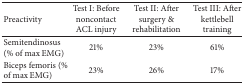
<table><thead><tr><td><b>Preactivity</b></td><td><b>Test I: Before noncontact ACL injury</b></td><td><b>Test II: After surgery &amp; rehabilitation </b></td><td><b>Test III: After kettlebell training</b></td></tr></thead><tbody><tr><td>Semitendinosus (% of max EMG)</td><td>21%</td><td>23%</td><td>61%</td></tr><tr><td>Biceps femoris (% of max EMG)</td><td>23%</td><td>26%</td><td>17%</td></tr></tbody></table>